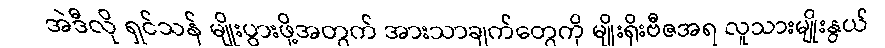
အဲဒီလို ရှင်သန် မျိုးပွားဖို့အတွက် အားသာချက်တွေကို မျိုးရိုးဗီဇအရ လူသားမျိုးနွယ်